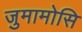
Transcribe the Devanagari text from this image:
जुमामोसि